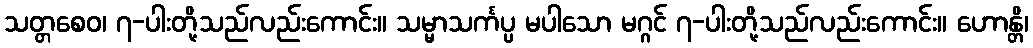
သတ္တစေဝ၊ ၇-ပါးတို့သည်လည်းကောင်း။ သမ္မာသင်္ကပ္ပ မပါသော မဂ္ဂင် ၇-ပါးတို့သည်လည်းကောင်း။ ဟောန္တိ၊